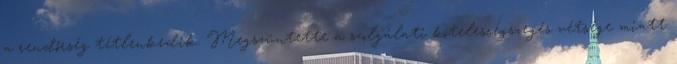
a rendőrség tétlenkedik. Megszüntette a szolgálati kötelességszegés vétsége miatt